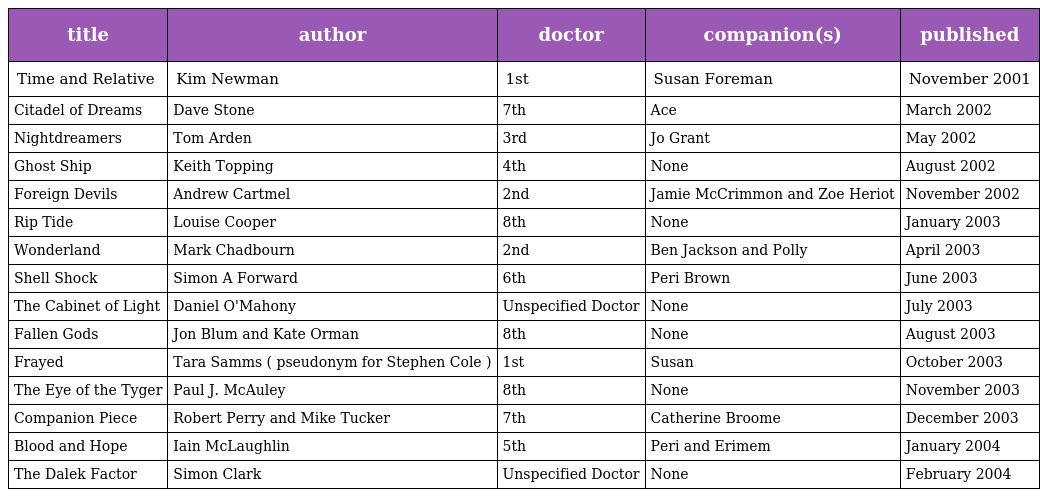
| title | author | doctor | companion(s) | published |
 | --- | --- | --- | --- | --- |
 | Time and Relative | Kim Newman | 1st | Susan Foreman | November 2001 |
 | Citadel of Dreams | Dave Stone | 7th | Ace | March 2002 |
 | Nightdreamers | Tom Arden | 3rd | Jo Grant | May 2002 |
 | Ghost Ship | Keith Topping | 4th | None | August 2002 |
 | Foreign Devils | Andrew Cartmel | 2nd | Jamie McCrimmon and Zoe Heriot | November 2002 |
 | Rip Tide | Louise Cooper | 8th | None | January 2003 |
 | Wonderland | Mark Chadbourn | 2nd | Ben Jackson and Polly | April 2003 |
 | Shell Shock | Simon A Forward | 6th | Peri Brown | June 2003 |
 | The Cabinet of Light | Daniel O'Mahony | Unspecified Doctor | None | July 2003 |
 | Fallen Gods | Jon Blum and Kate Orman | 8th | None | August 2003 |
 | Frayed | Tara Samms ( pseudonym for Stephen Cole ) | 1st | Susan | October 2003 |
 | The Eye of the Tyger | Paul J. McAuley | 8th | None | November 2003 |
 | Companion Piece | Robert Perry and Mike Tucker | 7th | Catherine Broome | December 2003 |
 | Blood and Hope | Iain McLaughlin | 5th | Peri and Erimem | January 2004 |
 | The Dalek Factor | Simon Clark | Unspecified Doctor | None | February 2004 |